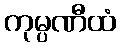
ကုမ္ပဏီထံ